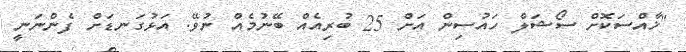
"ޚާއްސަކޮށް ސޯޝަލް ހައުސިން އަށް 25 ބުރިއެއް ބޭނުމެއް ނުވޭ. އަޅުގަނޑަށް ފެންނަނީ